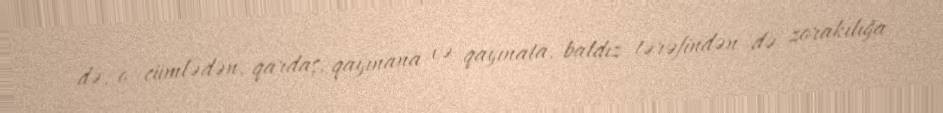
də, o cümlədən, qardaş, qayınana və qayınata, baldız tərəfindən də zorakılığa